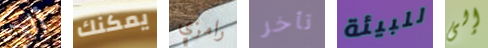
أليس يمكنك رامزي تأخر للبيئة إلى